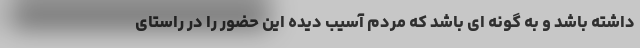
داشته باشد و به گونه ای باشد که مردم آسیب دیده این حضور را در راستای